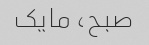
صبح، مایک